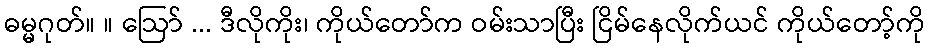
ဓမ္မဂုတ်။ ။ ဩော် ... ဒီလိုကိုး၊ ကိုယ်တော်က ဝမ်းသာပြီး ငြိမ်နေလိုက်ယင် ကိုယ်တော့်ကို